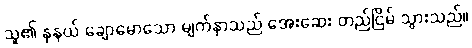
သူ၏ နုနယ် ချောမောသော မျက်နှာသည် အေးဆေး တည်ငြိမ် သွားသည်။